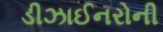
ડીઝાઈનરોની